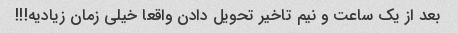
بعد از یک ساعت و نیم تاخیر تحویل دادن واقعا خیلی زمان زیادیه!!!